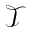
\mathcal T